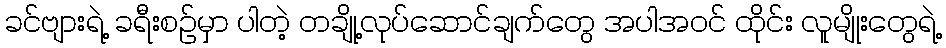
ခင်ဗျားရဲ့ ခရီးစဉ်မှာ ပါတဲ့ တချို့လုပ်ဆောင်ချက်တွေ အပါအဝင် ထိုင်း လူမျိုးတွေရဲ့